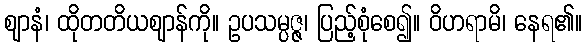
ဈာနံ၊ ထိုတတိယဈာန်ကို။ ဥပသမ္ပဇ္ဇ၊ ပြည့်စုံစေ၍။ ဝိဟရာမိ၊ နေရ၏။